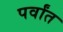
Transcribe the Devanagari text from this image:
पर्वांत